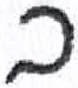
אות: ב